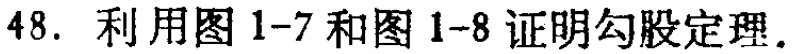
48. 利用图 1-7 和图 1-8 证明勾股定理.